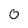
Character: 0